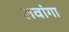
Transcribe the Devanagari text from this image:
लवांगा